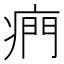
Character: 𤷱